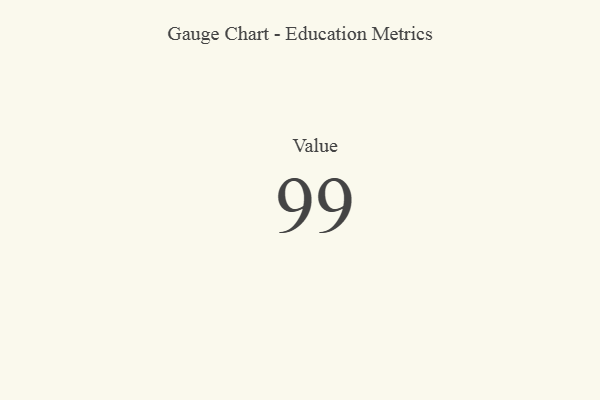
{"axis": {"x": "Metric", "y": "Value"}, "legend": [""], "data": [{"x": "Value", "y": 99, "type": ""}]}